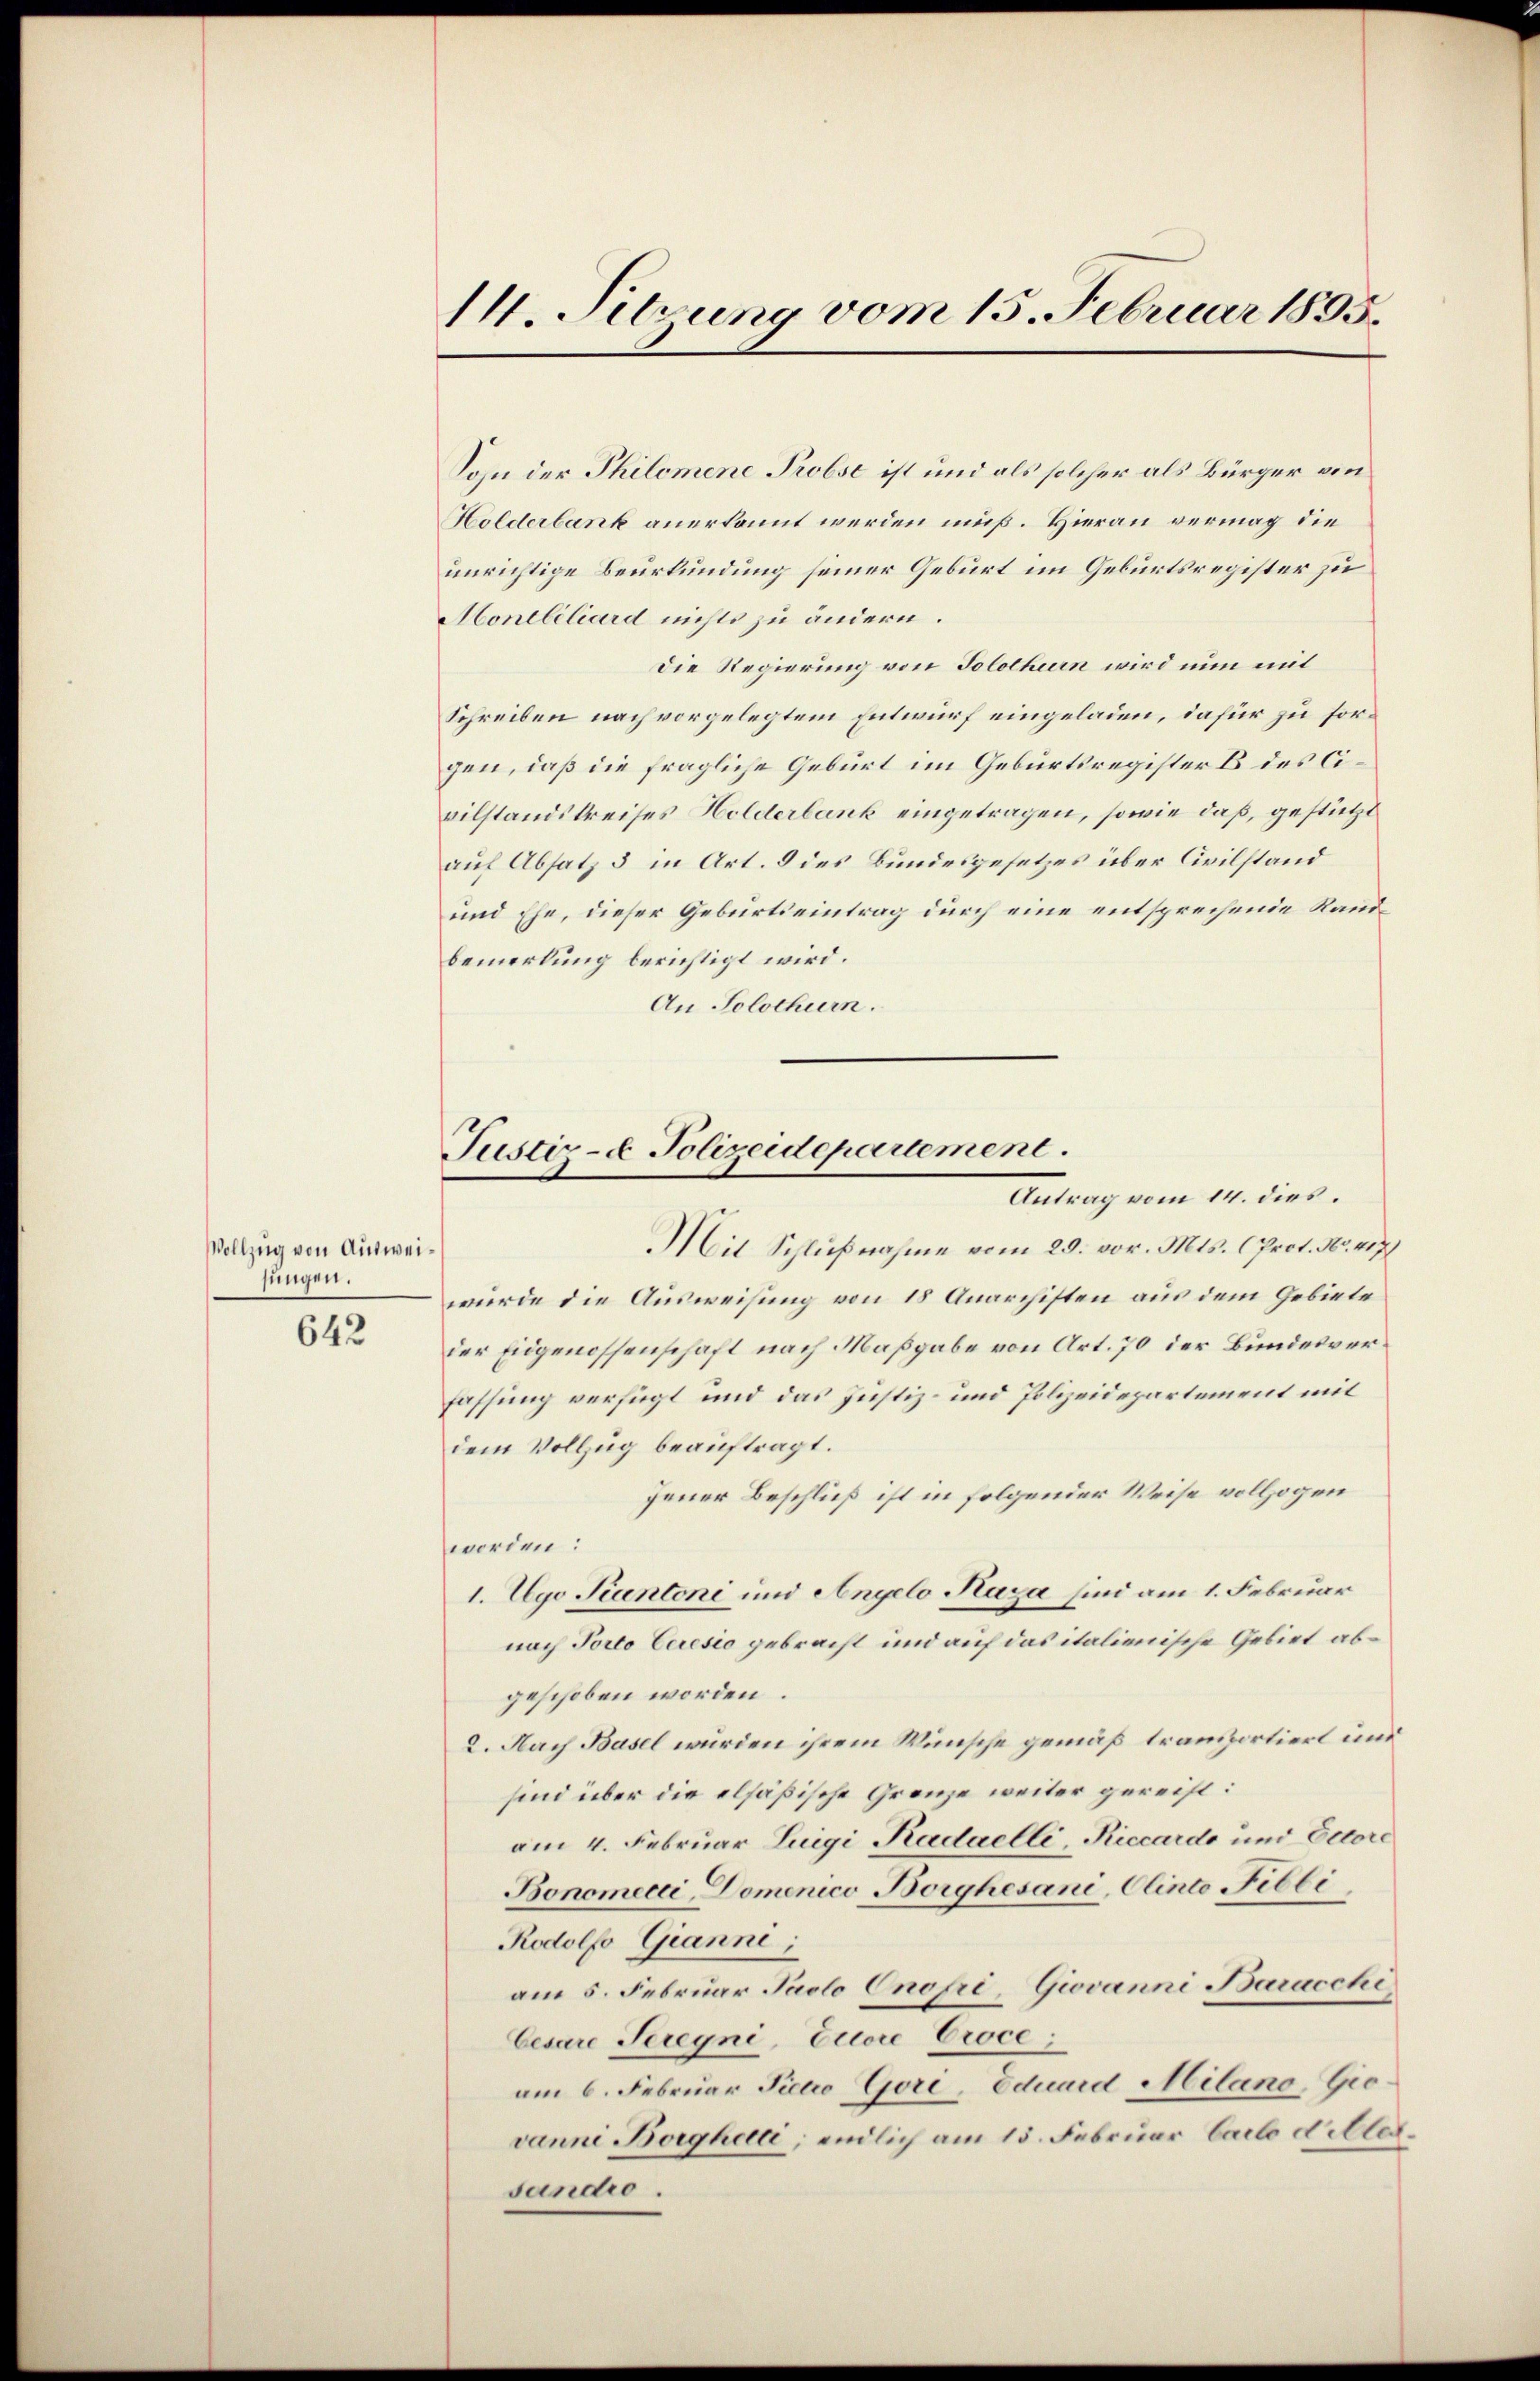
Vollzug von Ausweijungen.

642

14. Sebrung vom 15. Februar 1895.

Justiz- & Polizeidepartement.
Antrag vom 14. dies.

Sohn der Philomene Probst ist und als solcher als Bürger von
Holderbank anerkannt werden muß. Hierau vermag die
unrichtige Beurkundung seiner Geburt im Geburtsregister zu
Montbiliard nichts zu ändern.
Die Regierung von Solothurn wird nun mit
Schreiben nach vorgelegtem Entwurf eingeladen, dafür zu forgen, daß die fragliche Geburt im Geburtsregister C des Civilstandskreises Holderbank eingetragen, sowie daß, gestützt
auf Absatz 3 in Art. 8 des Bundesgesetzes über Civilstand
und Ehe, dieser Geburtseintrag durch eine entsprechende Randbemerkung berichtigt wird.
An Solothurn.
Mit Schlußnahme vom 29. vor. Mts. (Prot. No. 407.
wurde die Ausweisung von 18 Anarchisten aus dem Gebiete
der Eidgenossenschaft nach Maßgabe von Art. 70 der Bundesverfassung verfügt und das Justiz- und Polizeidepartement mit
dem Vollzug beauftragt.
Jener Beschluß ist in folgender Weise vollzogen
worden:
1. Ugo Kantoni und Angelo Kaza sind am 1. Februar
nach Porto Ceresio gebracht und auf das italienische Gebiet abgeschoben worden.
2. Nach Basel wurden ihrem Wünsche gemäß tramportiert und
sind über die elsäßische Grenze weiter gereist:
am 4. Februar Luigi Kadaelli, Riccardo und Octore
Bonomeci, Domenico Borghesani, Clinto Fibbi
Rodolf Gianne;
am 5. Februar Jaclo Cnope, Giovanni Baracchi
Cesare Seregni, Euere Croce;
am 6. Februar Jicco Gori, Eduard Milano, Giovanni Borghetti, endlich am 15. Februar Carlo dillersandro.